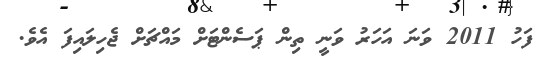
ފަހު 2011 ވަނަ އަހަރު ވަނީ ތިން ޕަސެންޓަށް މައްޗަށް ޖެހިލައިފަ އެވެ.